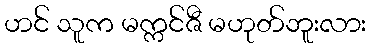
ဟင် သူက မက္ကင်ဇီ မဟုတ်ဘူးလား